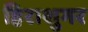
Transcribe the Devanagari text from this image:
हिराशुगर